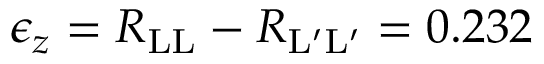
\epsilon _ { z } = R _ { \mathrm { L L } } - R _ { \mathrm { L ^ { \prime } L ^ { \prime } } } = 0 . 2 3 2